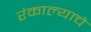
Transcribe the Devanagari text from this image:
रंकाल्याचे